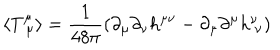
\langle T _ { \ \mu } ^ { \mu } \rangle = \frac { 1 } { 4 8 \pi } \left( \partial _ { \mu } \partial _ { \nu } h ^ { \mu \nu } - \partial _ { \mu } \partial ^ { \mu } h _ { \ \nu } ^ { \nu } \right)